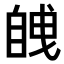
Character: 𮍚